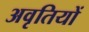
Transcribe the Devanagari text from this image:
अवृतियों